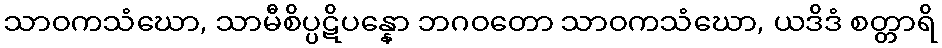
သာဝကသံဃော, သာမီစိပ္ပဋိပန္နော ဘဂဝတော သာဝကသံဃော, ယဒိဒံ စတ္တာရိ